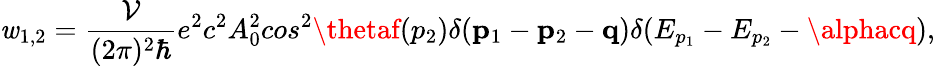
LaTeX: \mathit{w}_{1,2}=\frac{{{\cal{V}}}}{{(2\pi)^{2}\hbar}}e^{2}c^{2}A_{0}^{2}cos^{2}\thetaf(p_{2})\delta(\mathbf{{p}}_{1}-\mathbf{{p}}_{2}-\mathbf{{q}})\delta(E_{p_{1}}-E_{p_{2}}-\alphacq),